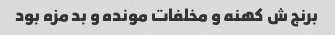
برنج ش کهنه و مخلفات مونده و بد مزه بود